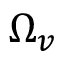
\Omega _ { v }